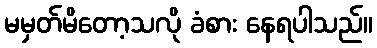
မမှတ်မိတော့သလို ခံစား နေရပါသည်။